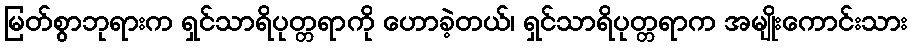
မြတ်စွာဘုရားက ရှင်သာရိပုတ္တရာကို ဟောခဲ့တယ်၊ ရှင်သာရိပုတ္တရာက အမျိုးကောင်းသား